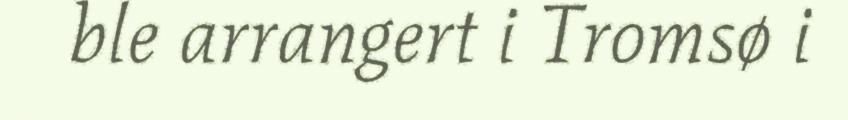
ble arrangert i Tromsø i